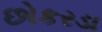
છોકરડા